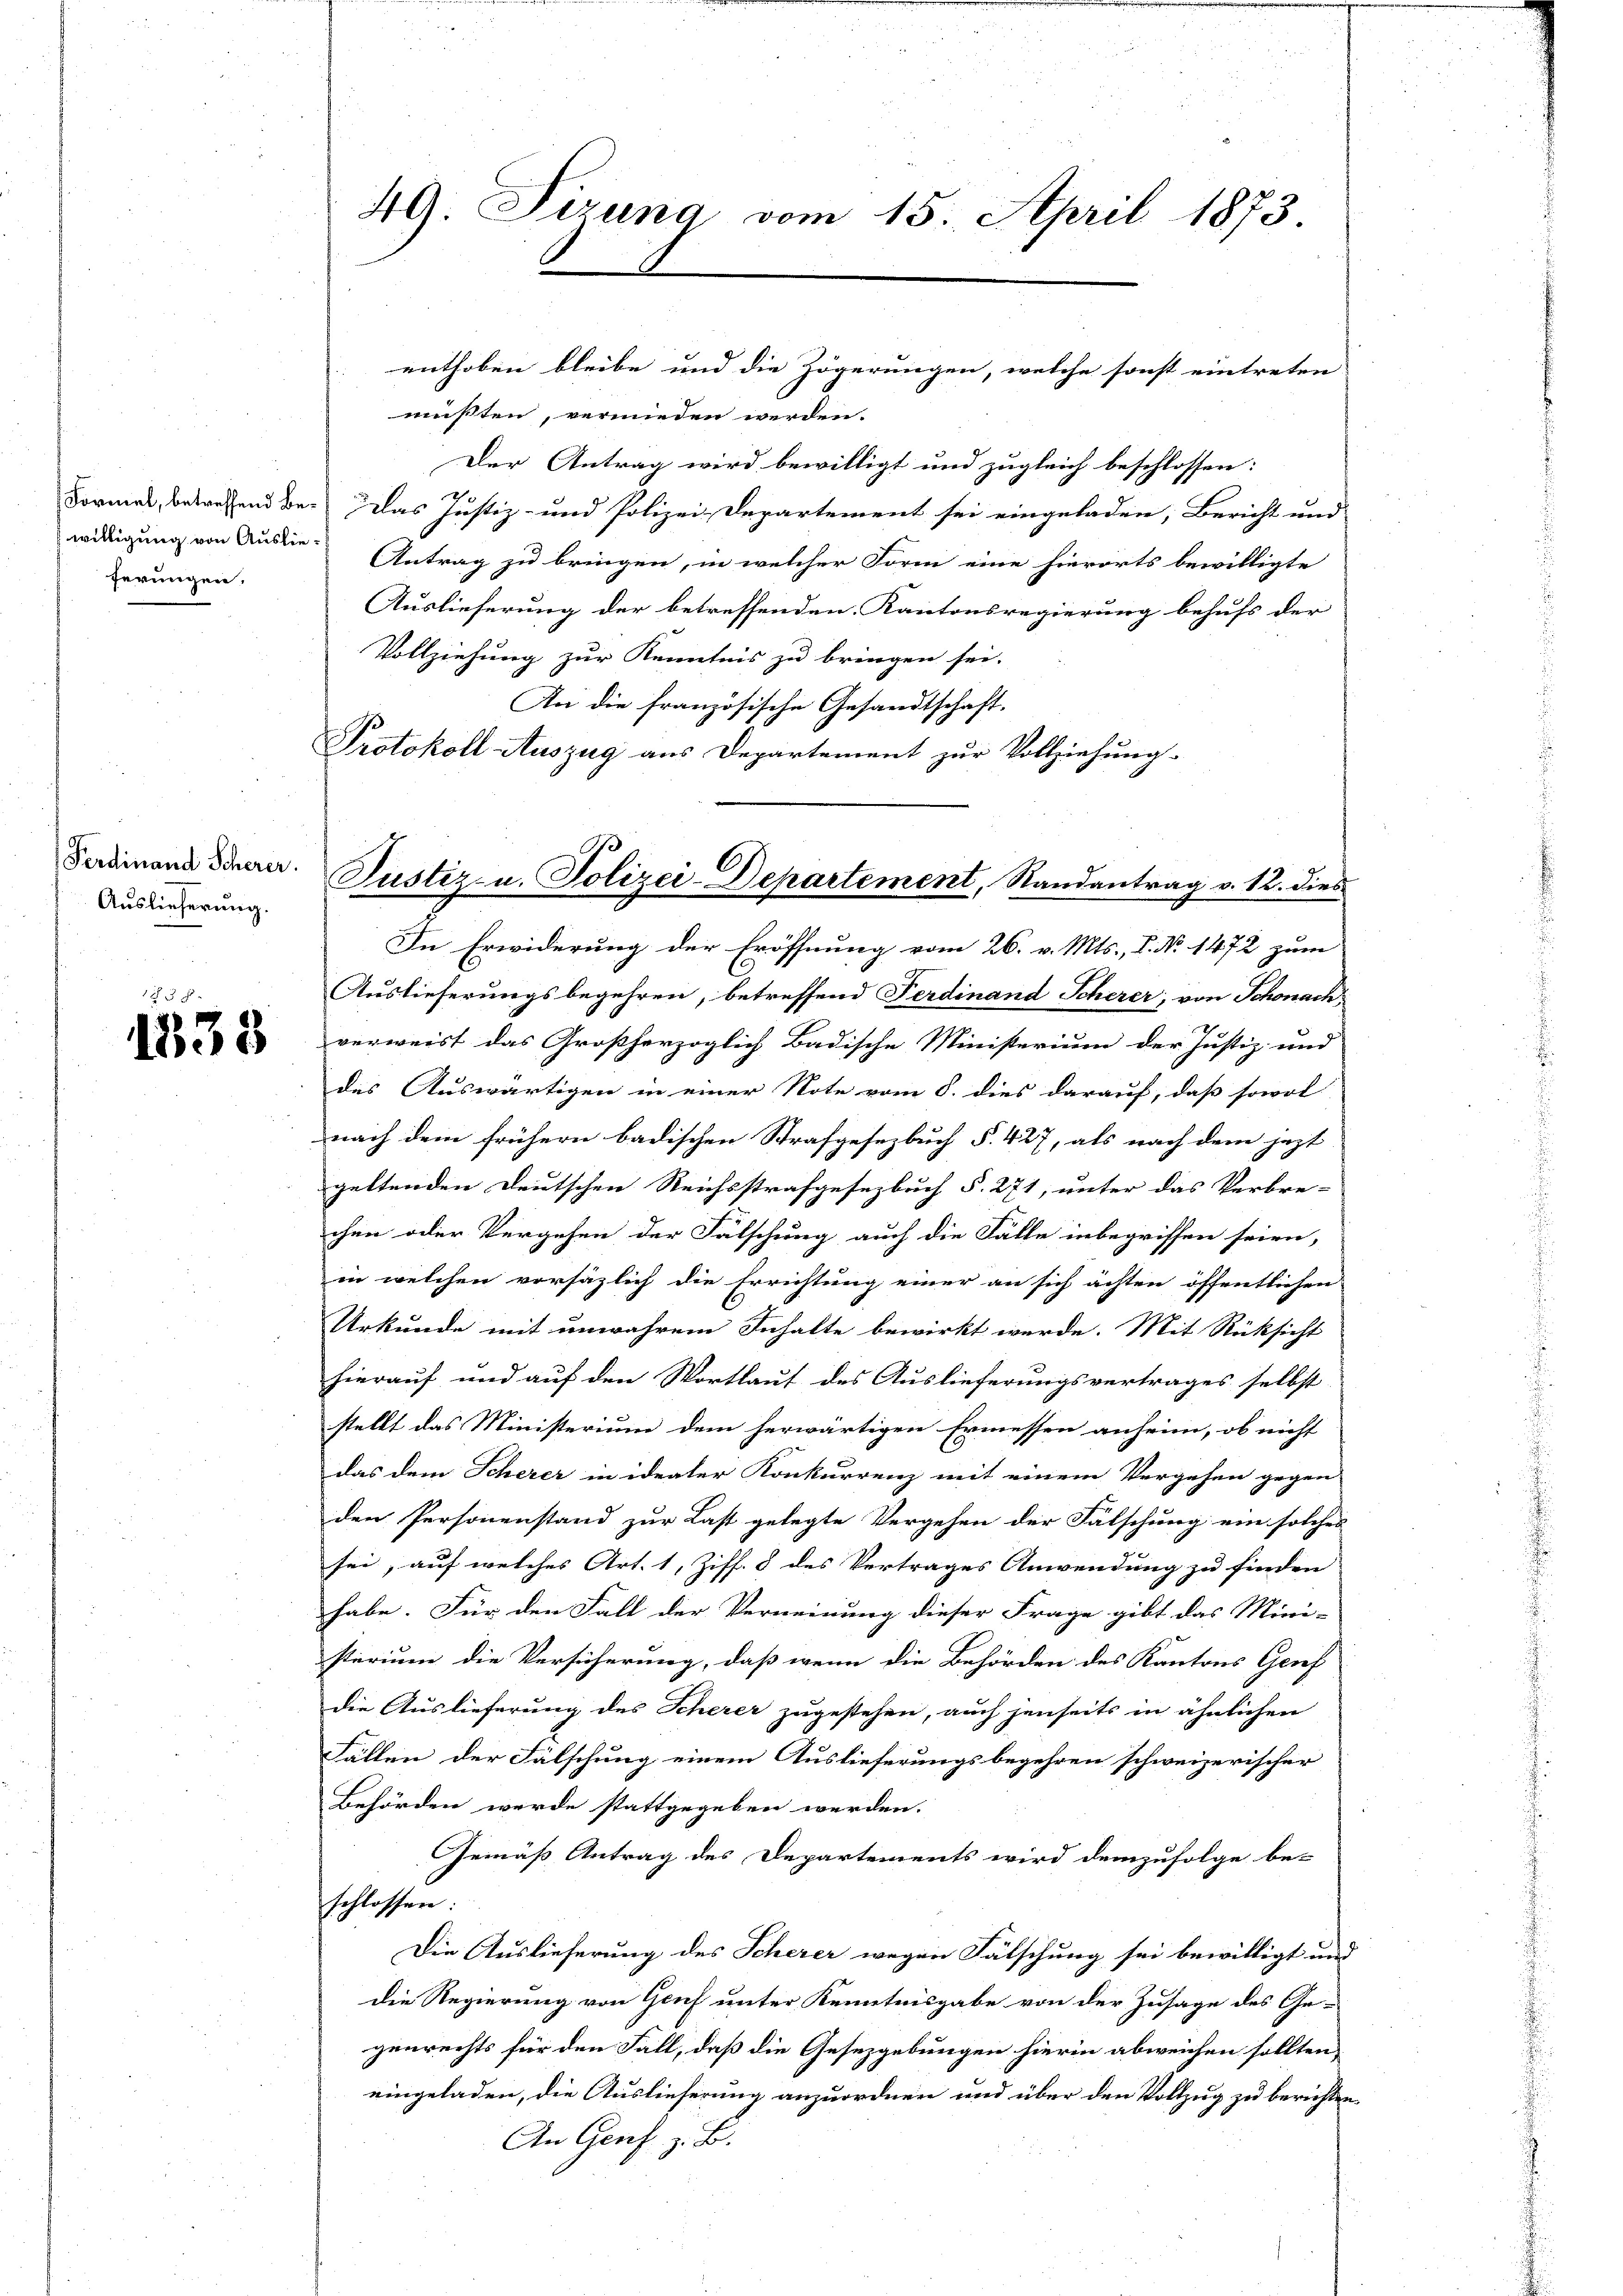
Formel, betreffend Bewilligung von Auslieferungen.

Ferdinand Scherer.
Auslieferung.

1838

49. Sizung vom 15. April 1873

enthoben bleibe und die Zögerungen, welche sonst eintreten

Justiz- u. Polizei-Departement, Randantrag v. 12. dies

mußten, vermieden werden.
Der Antrag wird bewilligt und zugleich beschlossen:
2
Das Justiz- und Polizei-Departement sei eingeladen, Bericht und
Antrag zu bringen, in welcher Form eine hierorts bewilligte
Auslieferung der betreffenden Kantonsregierung behufs der
Vollziehung zur Kenntnis zu bringen sei.
An die französische Gesandtschaft.
Protokoll Auszug aus Departement zur Vollziehung.
In Erwiderung der Eröffnung vom 26. v. Mts., P. No 1472 zum
Auslieferungsbegehren, betreffend Ferdinand Scherer, von Schonach
verweist das Großherzoglich Badische Ministerium der Justiz- und
des Auswärtigen in einer Note vom 8. dies darauf, daß sowol
nach dem frühern badischen Strafgesetzbuch §. 427, als nach dem jezt
geltenden Deutschen Reichsstrafgesetzbuch §. 271, unter das Verbre-
chen oder Vergehen der Fälschung auch die Fälle inbegriffen seien,
in welchen vorsäzlich die Errichtung einer an sich achten öffentlichen
Urkunde mit unwahrem Inhalte bewirkt werde. Mit Rücksicht
hierauf und auf den Wortlaut des Auslieferungsvertrages selbst
stellt das Ministerium dem herwärtigen Ermessen anheim, ob nicht
das dem Scherer in ideater Konkurrenz mit einem Vergehen gegen
den Personenstand zur Last gelegte Vergehen der Fälschung ein solches
sei; auf welches Art. 1, Ziff. 8 des Vertrages Anwendung zu finden
habe. Für den Fall der Verneinung dieser Frage gibt das Mini-
sterium die Versicherung, daß wenn die Behörden des Kantons Genf
die Auslieferung des Scherer zugestehen, auch jenseits in ähnlichen
Fällen der Fälschung einem Auslieferungsbegehren schweizerischer
Behörden werde stattgegeben werden.
Gemäß Antrag des Departements wird demzufolge be-
sschlossen.
Die Auslieferung des Scherer wegen Fälschung sei bewilligt und
Die Regierung von Genf unter Kenntnisgabe von der Zusage des Gegenrechts für den Fall, daß die Gesezgebungen hierin abweichen sollten,
eingeladen, die Auslieferung anzuordnen und über den Vollzug zu berichten.
An Genf z. B.